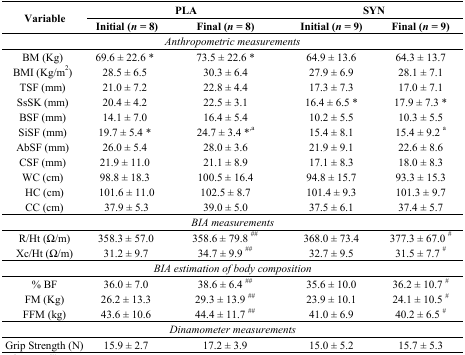
<table><thead><tr><td rowspan="2"><b>Variable</b></td><td colspan="2"><b>PLA</b></td><td colspan="2"><b>SYN</b></td></tr><tr><td><b>Initial (<i>n</i> = 8)</b></td><td><b>Final (<i>n</i> = 8)</b></td><td><b>Initial (<i>n</i> = 9)</b></td><td><b>Final (<i>n</i> = 9)</b></td></tr></thead><tbody><tr><td colspan="5"><i>Anthropometric measurements</i></td></tr><tr><td>BM (Kg)</td><td>69.6 ± 22.6 *</td><td>73.5 ± 22.6 *</td><td>64.9 ± 13.6</td><td>64.3 ± 13.7</td></tr><tr><td>BMI (Kg/m<sup>2</sup>)</td><td>28.5 ± 6.5</td><td>30.3 ± 6.4</td><td>27.9 ± 6.9</td><td>28.1 ± 7.1</td></tr><tr><td>TSF (mm)</td><td>21.0 ± 7.2</td><td>22.8 ± 4.4</td><td>17.3 ± 7.3</td><td>17.0 ± 7.1</td></tr><tr><td>SsSK (mm)</td><td>20.4 ± 4.2</td><td>22.5 ± 3.1</td><td>16.4 ± 6.5 *</td><td>17.9 ± 7.3 *</td></tr><tr><td>BSF (mm)</td><td>14.1 ± 7.0</td><td>16.4 ± 5.4</td><td>10.2 ± 5.5</td><td>10.3 ± 5.5</td></tr><tr><td>SiSF (mm)</td><td>19.7 ± 5.4 *</td><td>24.7 ± 3.4 *<sup>,a</sup></td><td>15.4 ± 8.1</td><td>15.4 ± 9.2 <sup>a</sup></td></tr><tr><td>AbSF (mm)</td><td>26.0 ± 5.4</td><td>28.0 ± 3.6</td><td>21.9 ± 9.1</td><td>22.6 ± 8.6</td></tr><tr><td>CSF (mm)</td><td>21.9 ± 11.0</td><td>21.1 ± 8.9</td><td>17.1 ± 8.3</td><td>18.0 ± 8.3</td></tr><tr><td>WC (cm)</td><td>98.8 ± 18.3</td><td>100.5 ± 16.4</td><td>94.8 ± 15.7</td><td>93.3 ± 15.3</td></tr><tr><td>HC (cm)</td><td>101.6 ± 11.0</td><td>102.5 ± 8.7</td><td>101.4 ± 9.3</td><td>101.3 ± 9.7</td></tr><tr><td>CC (cm)</td><td>37.9 ± 5.3</td><td>39.0 ± 5.0</td><td>37.5 ± 6.1</td><td>37.4 ± 5.7</td></tr><tr><td colspan="5"><i>BIA measurements</i></td></tr><tr><td>R/Ht (Ω/m)</td><td>358.3 ± 57.0</td><td>358.6 ± 79.8 <sup>##</sup></td><td>368.0 ± 73.4</td><td>377.3 ± 67.0 <sup>#</sup></td></tr><tr><td>Xc/Ht (Ω/m)</td><td>31.2 ± 9.7</td><td>34.7 ± 9.9 <sup>##</sup></td><td>32.7 ± 9.5</td><td>31.5 ± 7.7 <sup>#</sup></td></tr><tr><td colspan="5"><i>BIA estimation of body composition</i></td></tr><tr><td>% BF</td><td>36.0 ± 7.0</td><td>38.6 ± 6.4 <sup>##</sup></td><td>35.6 ± 10.0</td><td>36.2 ± 10.7 <sup>#</sup></td></tr><tr><td>FM (Kg)</td><td>26.2 ± 13.3</td><td>29.3 ± 13.9 <sup>##</sup></td><td>23.9 ± 10.1</td><td>24.1 ± 10.5 <sup>#</sup></td></tr><tr><td>FFM (kg)</td><td>43.6 ± 10.6</td><td>44.4 ± 11.7 <sup>##</sup></td><td>41.0 ± 6.9</td><td>40.2 ± 6.5 <sup>#</sup></td></tr><tr><td colspan="5"><i>Dinamometer measurements</i></td></tr><tr><td>Grip Strength (N)</td><td>15.9 ± 2.7</td><td>17.2 ± 3.9</td><td>15.0 ± 5.2</td><td>15.7 ± 5.3</td></tr></tbody></table>